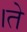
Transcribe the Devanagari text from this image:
।ते